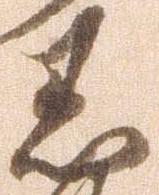
黒